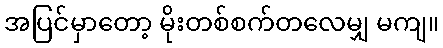
အပြင်မှာတော့ မိုးတစ်စက်တလေမျှ မကျ။